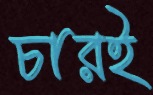
চারই